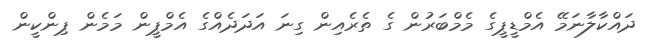
ދައްކާލާނަމޭ އެމްޑީޕީގެ މެމްބަރުން ގެ ތެރެއިން ގިނަ އަދަދެއްގެ އެމްޕީން މަމެން ޕިންކީން